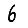
Digit: 6